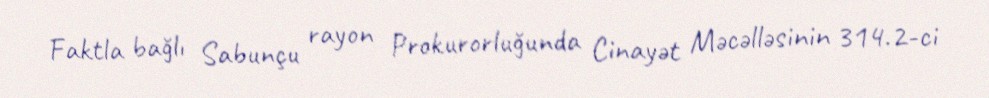
Faktla bağlı Sabunçu rayon Prokurorluğunda Cinayət Məcəlləsinin 314.2-ci